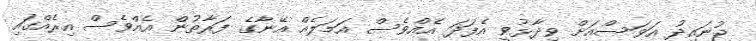
ޖުނައިދު އަވަސްއަށް ވިދާޅުވީ އެފަދަ އެއްވެސް އަމަލެއް އޭނާގެ ފަރާތުން އެއްވެސް އިރެއްގައި